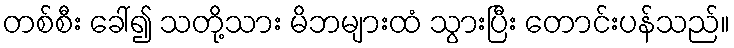
တစ်စီး ခေါ်၍ သတို့သား မိဘများထံ သွားပြီး တောင်းပန်သည်။